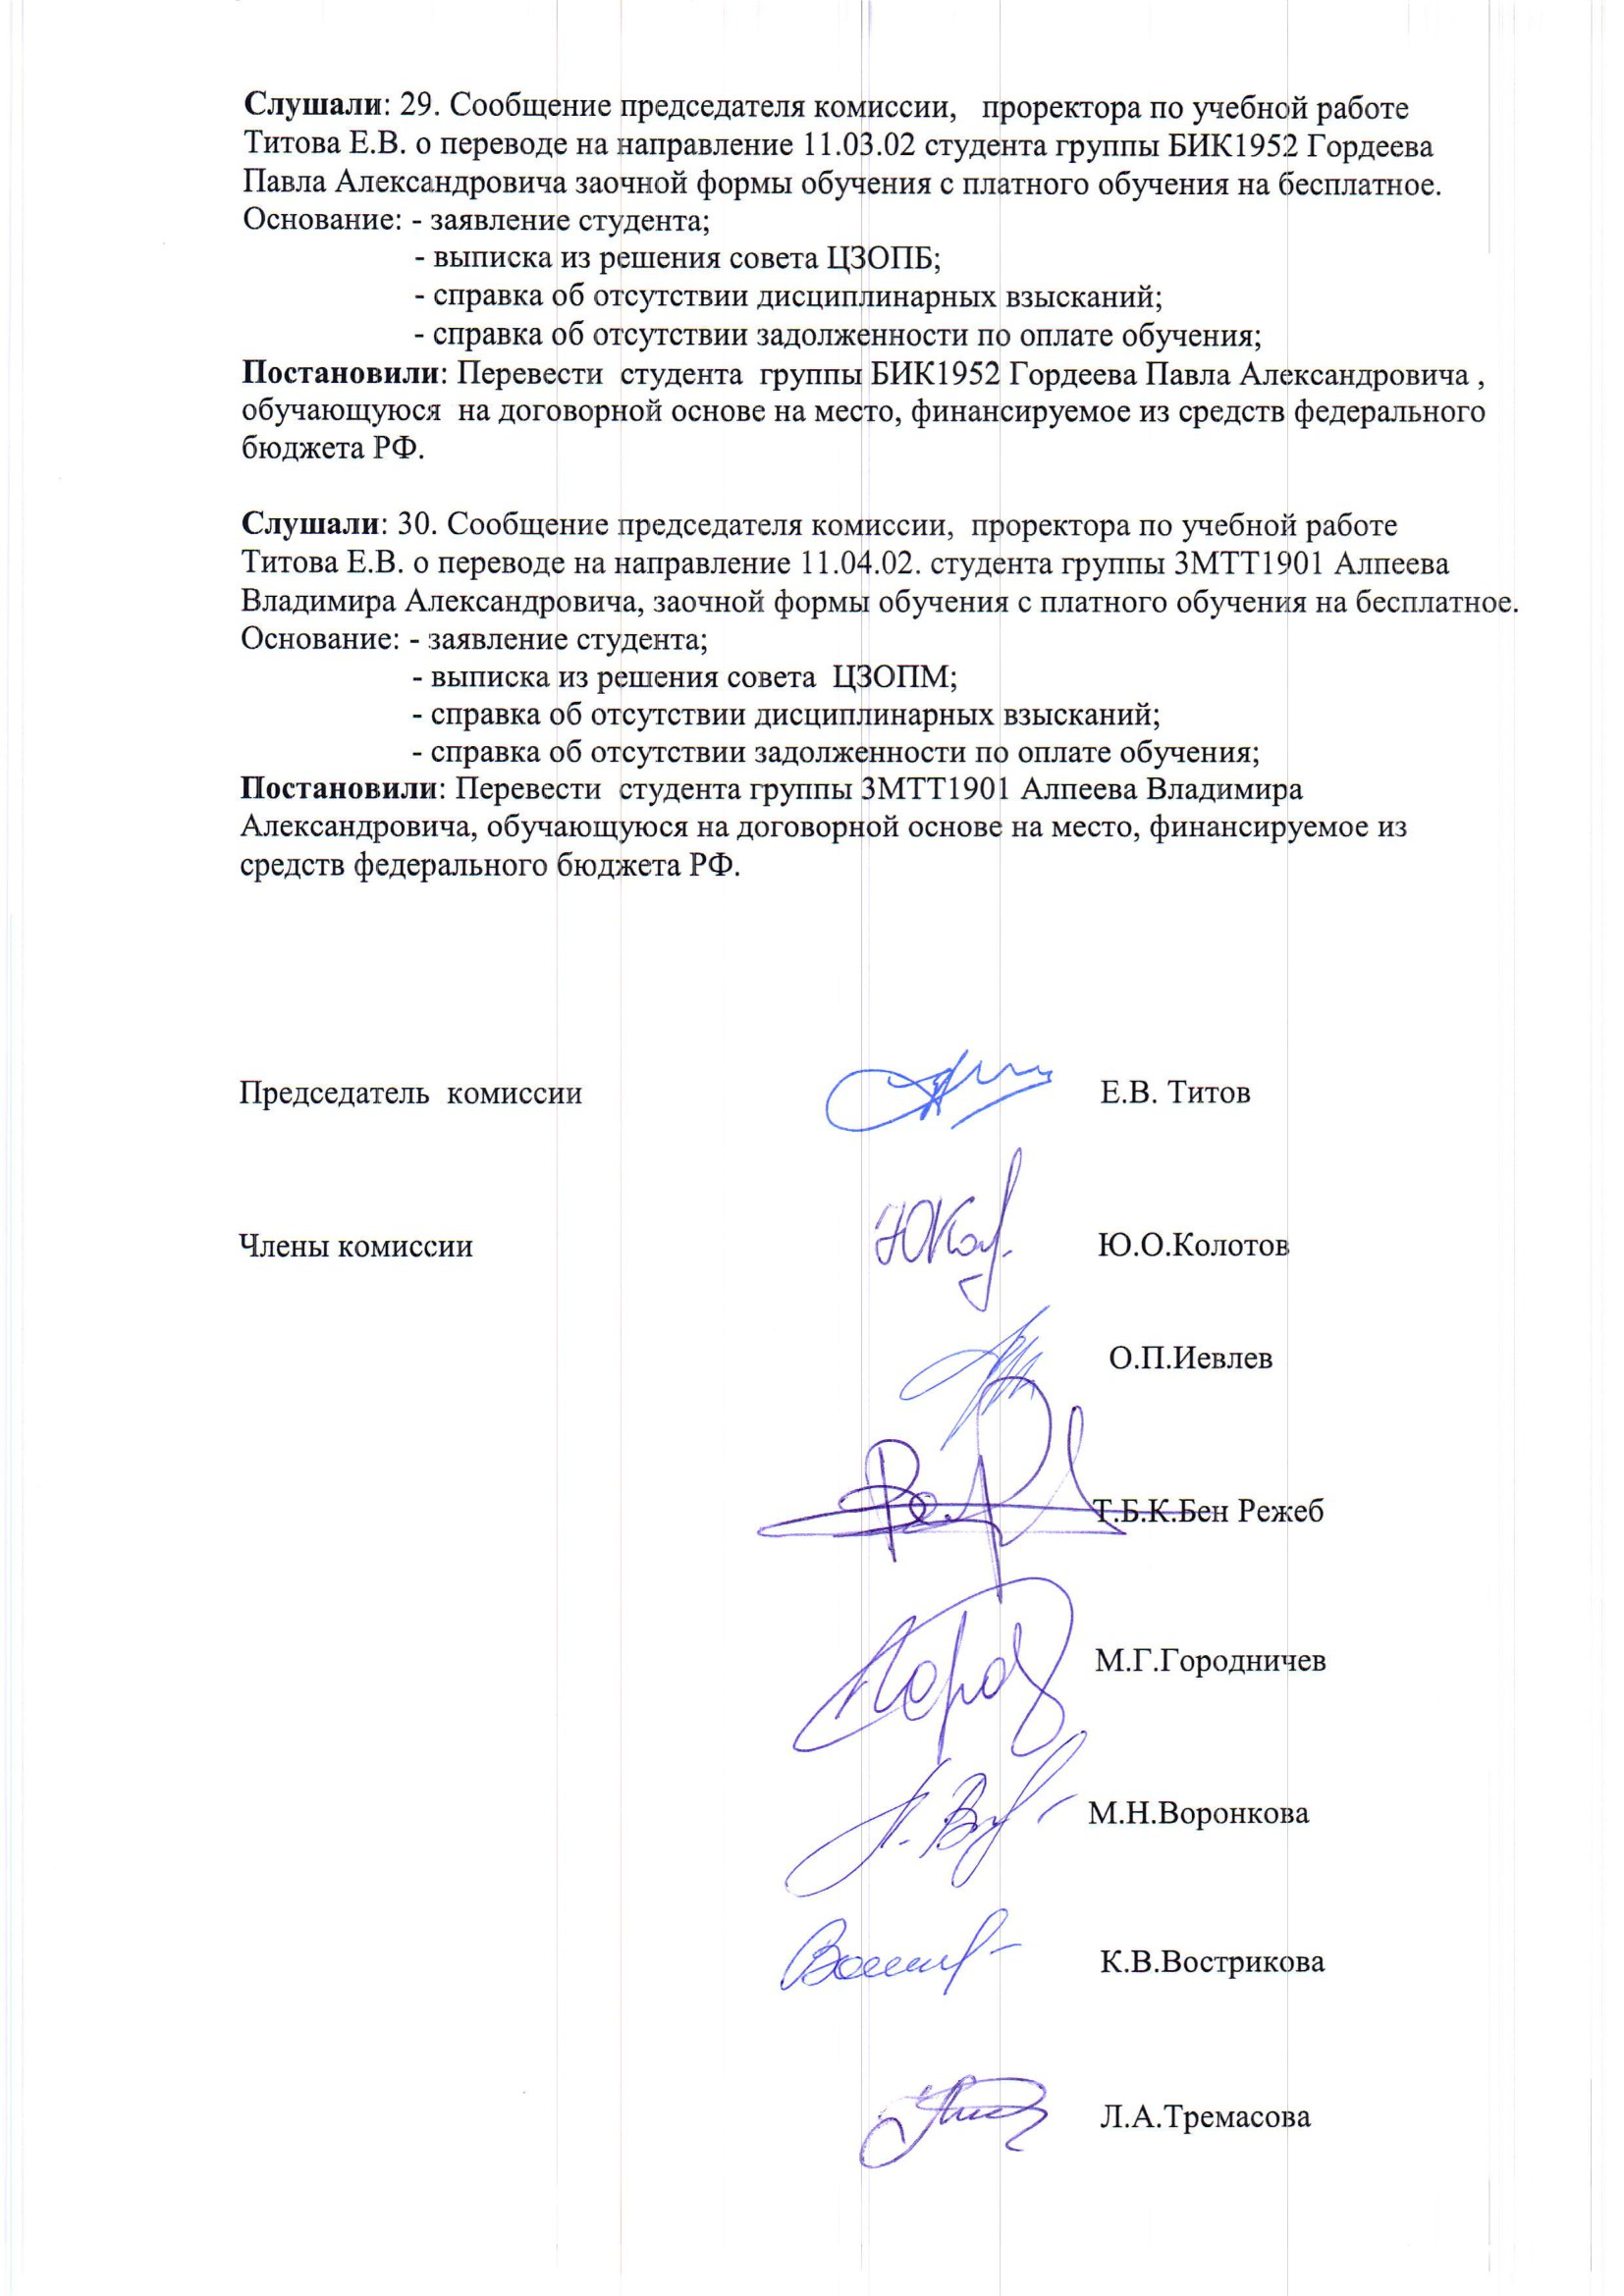
Language: ru